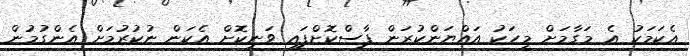
އެކަމަކު އެ މަގާމަށް މީހަކު އައްޔަންކުރަން ފާސްކޮށްފައި ވަނިކޮށް އެކަން ނުކުރުމަށް އެންގުމުން